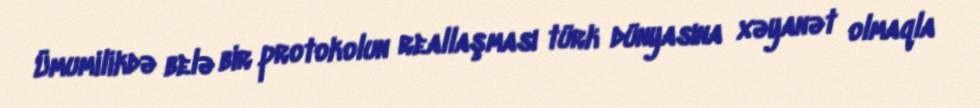
Ümumilikdə belə bir protokolun reallaşması türk dünyasına xəyanət olmaqla